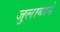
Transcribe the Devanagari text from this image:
जुलाबाने